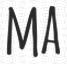
MA